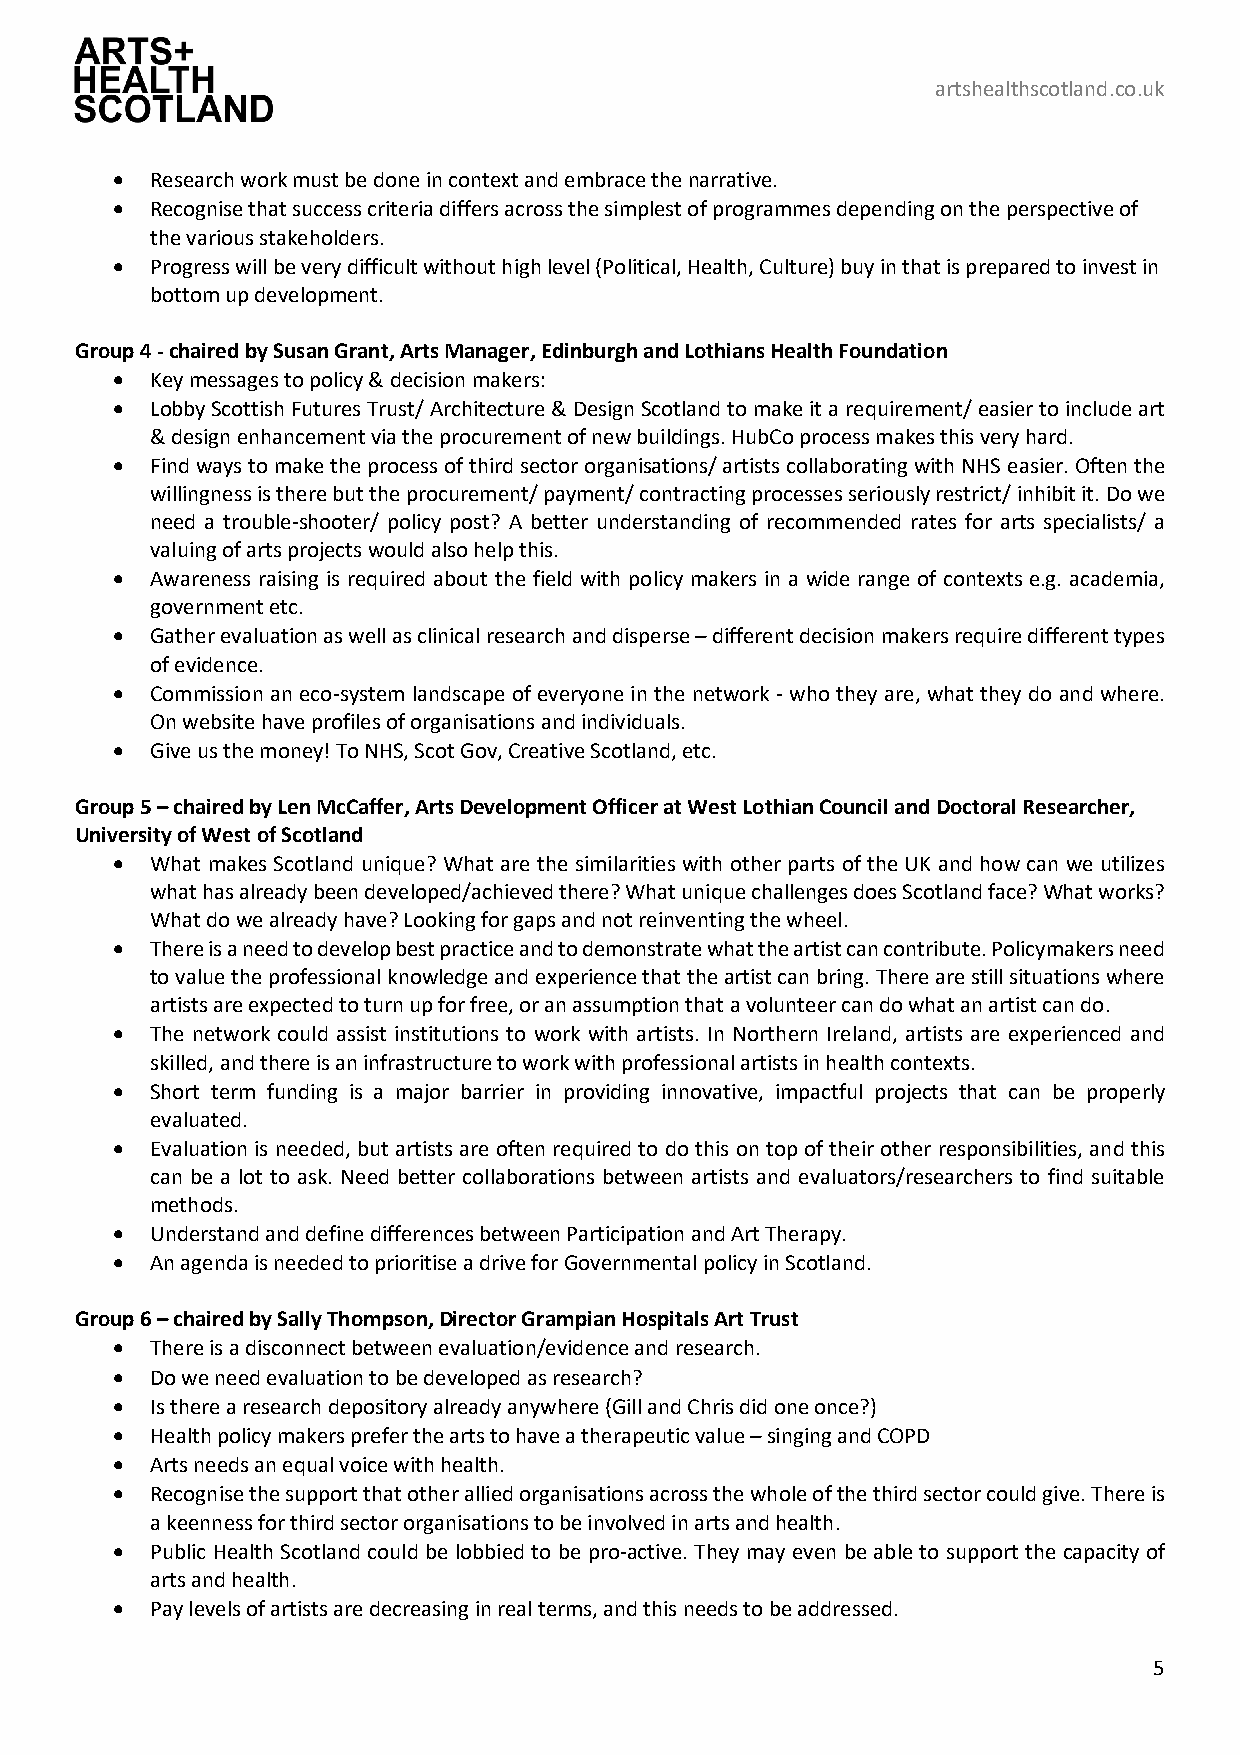
artshealthscotland.co.uk
 •  Research work must be done in context and embrace the narrative.
 •  Recognise that success criteria differs across the simplest of programmes depending on the perspective of
 the various stakeholders.
 •  Progress will be very difficult without high level (Political, Health, Culture) buy in that is prepared to invest in
 bottom up development.
 Group 4 - chaired by Susan Grant, Arts Manager, Edinburgh and Lothians Health Foundation
 •  Key messages to policy & decision makers:
 •  Lobby Scottish Futures Trust/ Architecture & Design Scotland to make it a requirement/ easier to include art
 & design enhancement via the procurement of new buildings. HubCo process makes this very hard.
 •  Find ways to make the process of third sector organisations/ artists collaborating with NHS easier. Often the
 willingness is there but the procurement/ payment/ contracting processes seriously restrict/ inhibit it. Do we
 need a trouble-shooter/ policy post? A better understanding of recommended rates for arts specialists/ a
 valuing of arts projects would also help this.
 •  Awareness raising is required about the field with policy makers in a wide range of contexts e.g. academia,
 government etc.
 •  Gather evaluation as well as clinical research and disperse – different decision makers require different types
 of evidence.
 •  Commission an eco-system landscape of everyone in the network - who they are, what they do and where.
 On website have profiles of organisations and individuals.
 •  Give us the money! To NHS, Scot Gov, Creative Scotland, etc.
 Group 5 – chaired by Len McCaffer, Arts Development Officer at West Lothian Council and Doctoral Researcher,
 University of West of Scotland
 •  What makes Scotland unique? What are the similarities with other parts of the UK and how can we utilizes
 what has already been developed/achieved there? What unique challenges does Scotland face? What works?
 What do we already have? Looking for gaps and not reinventing the wheel.
 •  There is a need to develop best practice and to demonstrate what the artist can contribute. Policymakers need
 to value the professional knowledge and experience that the artist can bring. There are still situations where
 artists are expected to turn up for free, or an assumption that a volunteer can do what an artist can do.
 •  The network could assist institutions to work with artists. In Northern Ireland, artists are experienced and
 skilled, and there is an infrastructure to work with professional artists in health contexts.
 •  Short term funding is a major barrier in providing innovative, impactful projects that can be properly
 evaluated.
 •  Evaluation is needed, but artists are often required to do this on top of their other responsibilities, and this
 can be a lot to ask. Need better collaborations between artists and evaluators/researchers to find suitable
 methods.
 •  Understand and define differences between Participation and Art Therapy.
 •  An agenda is needed to prioritise a drive for Governmental policy in Scotland.
 Group 6 – chaired by Sally Thompson, Director Grampian Hospitals Art Trust
 •  There is a disconnect between evaluation/evidence and research.
 •  Do we need evaluation to be developed as research?
 •  Is there a research depository already anywhere (Gill and Chris did one once?)
 •  Health policy makers prefer the arts to have a therapeutic value – singing and COPD
 •  Arts needs an equal voice with health.
 •  Recognise the support that other allied organisations across the whole of the third sector could give. There is
 a keenness for third sector organisations to be involved in arts and health.
 •  Public Health Scotland could be lobbied to be pro-active. They may even be able to support the capacity of
 arts and health.
 •  Pay levels of artists are decreasing in real terms, and this needs to be addressed.
 5